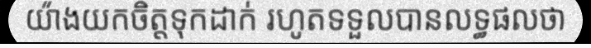
យ៉ាងយកចិត្តទុកដាក់ រហូតទទួលបានលទ្ធផលថា